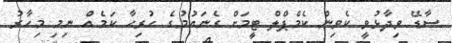
ސާޑޭ ވިދާޅުވީ ކެވިން ކެމްޕްލް ޓީމަށް ގެނައުމުގެ ހުރިހާ ކަމެއް ނިމި މިހާރު